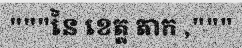
"""នៃ ខេត្ត តាក ,"""